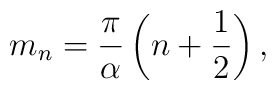
m_{n}=\frac{\pi}{\alpha}\left(n+\frac{1}{2}\right),